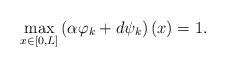
LaTeX: \begin{align*} \max_{x \in \left[0,L\right]} \left(\alpha\varphi_k + d\psi_k \right)(x) = 1.\end{align*}